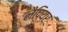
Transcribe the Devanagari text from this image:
लैपियर